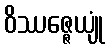
ဝိဿဇ္ဇေယျုံ